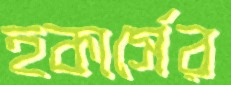
হকার্সের